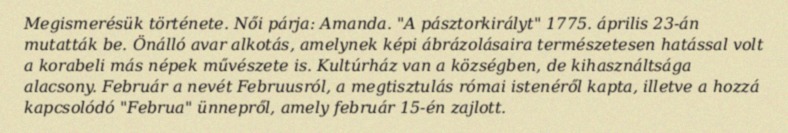
Megismerésük története. Női párja: Amanda. "A pásztorkirályt" 1775. április 23-án mutatták be. Önálló avar alkotás, amelynek képi ábrázolásaira természetesen hatással volt a korabeli más népek művészete is. Kultúrház van a községben, de kihasználtsága alacsony. Február a nevét Februusról, a megtisztulás római istenéről kapta, illetve a hozzá kapcsolódó "Februa" ünnepről, amely február 15-én zajlott.